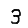
Digit: 3